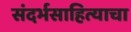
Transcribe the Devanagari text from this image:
संदर्भसाहित्याचा